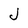
Character: J